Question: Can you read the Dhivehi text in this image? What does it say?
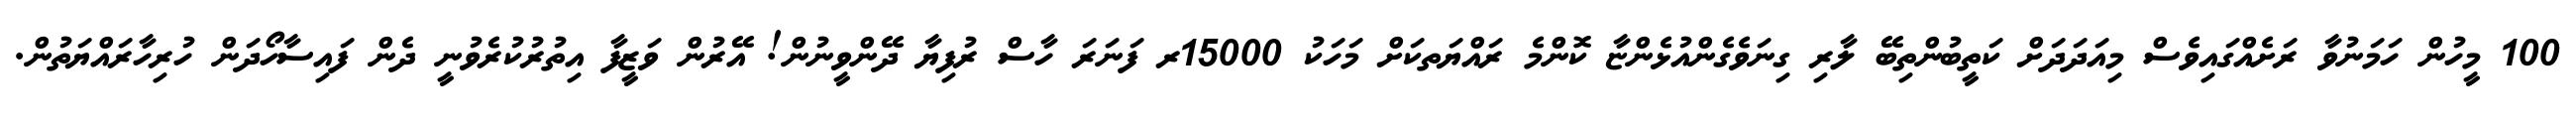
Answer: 100 މީހުން ހަމަނުވާ ރަށެއްގައިވެސް މިއަދަދަށް ކަތީބުންތިބޭ ލާރި ގިނަވެގެންއުޅެންޏާ ކޮންމެ ރައްޔަތކަށް މަހަކު 15000ރ ފަނަރަ ހާސް ރުފިޔާ ދޭންވީނުން! އޭރުން ވަޒީފާ އިތުރުކުރެވުނީ ދެން ފައިސާހޯދަން ހުރިހާރައްޔަތުން.